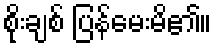
စိုးချစ် ပြန်မေးမိ၏။